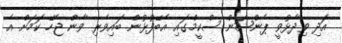
އަދި ވިދާޅުވީ ޕެންޝަން ސްކީމްގައި އެބޭފުޅުން ބައިވެރި ވާން ޖެހޭ ކަމަށް އެ